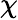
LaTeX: {\chi\smash[t]{\mathstrut}}